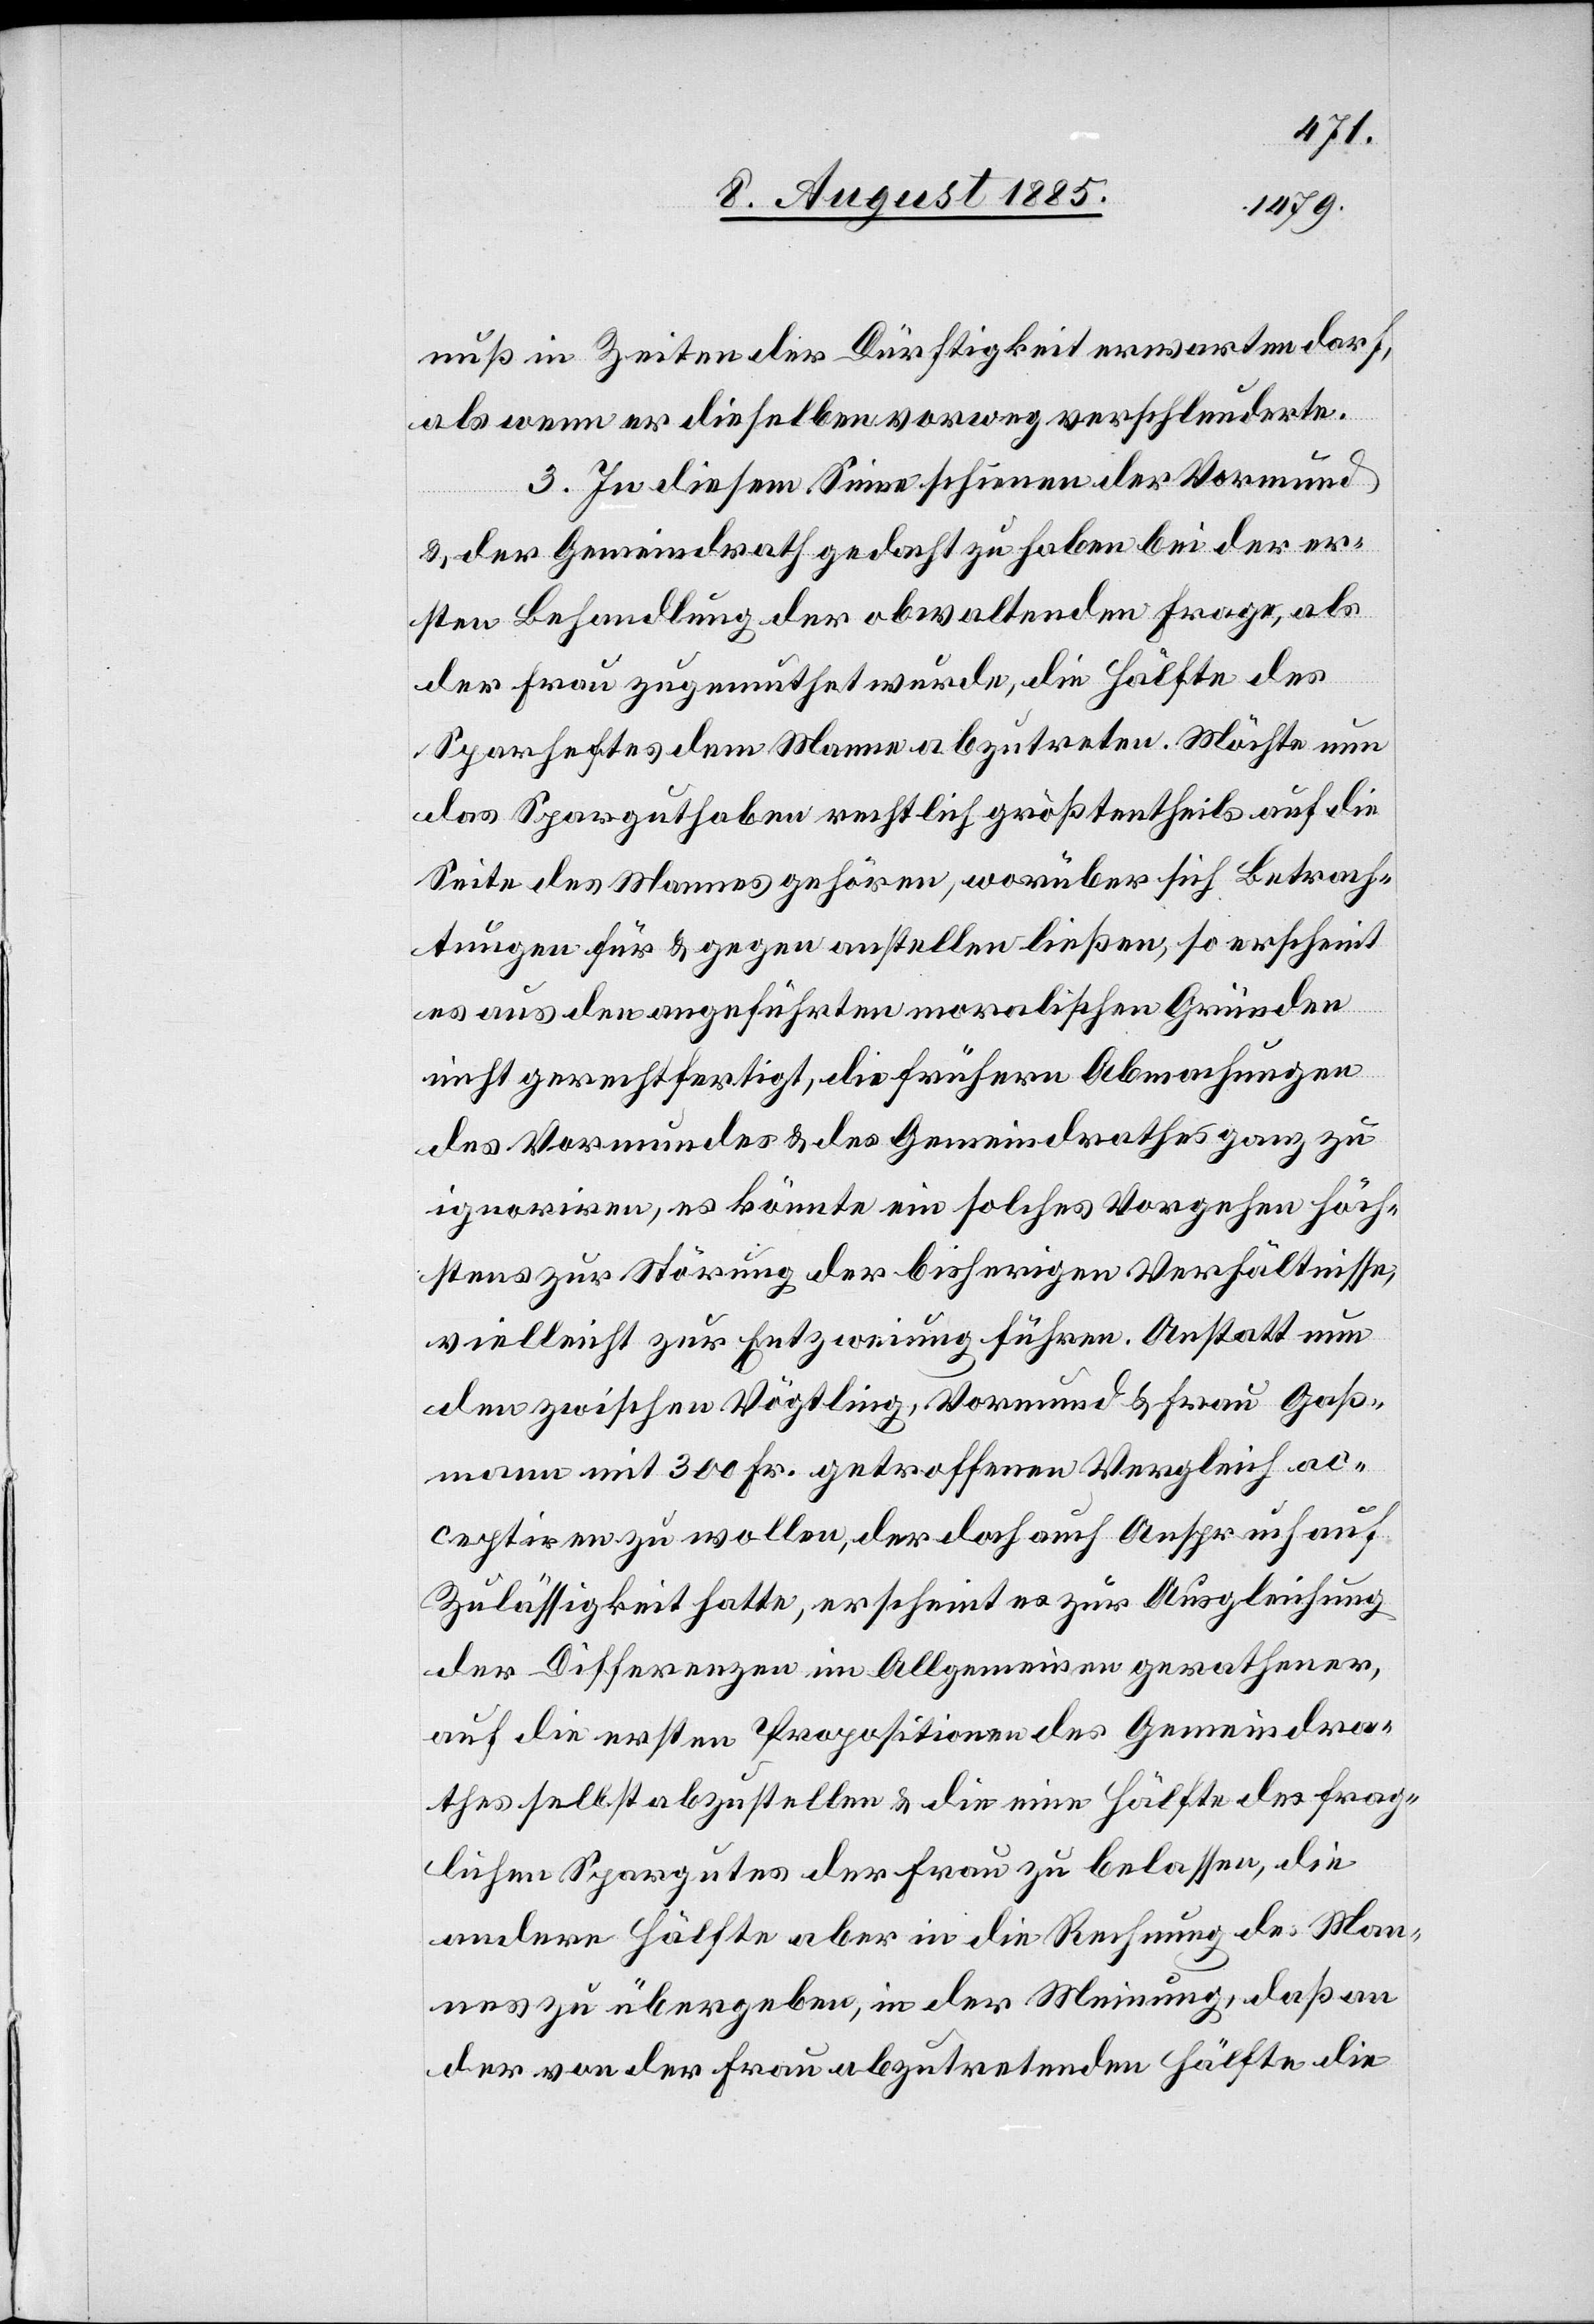
nuß in Zeiten der Dürftigkeit erwarten darf,
als wenn er dieselben vorweg verschleuderte.
3. In diesem Sinne scheinen der Vormund
& der Gemeindrath gedacht zu haben bei der er¬
sten Behandlung der obwaltenden Frage, als
der Frau zugemuthet wurde, die Hälfte des
Sparheftes dem Manne abzutreten. Möchte nun
das Sparguthaben rechtlich größtentheils auf die
Seite des Mannes gehören, worüber sich Betrach¬
tungen für & gegen anstellen ließen, so erscheint
es aus den angeführten moralischen Gründen
nicht gerechtfertigt, die frühern Abmachungen
des Vormundes & des Gemeindrathes ganz zu
ignorieren, es könnte ein solches Vorgehen höch¬
stens zur Störung der bisherigen Verhältnisse,
vielleicht zur Entzweiung führen. Anstatt nun
den zwischen Vögtling, Vormund & Frau Gaß¬
mann mit 300 Fr. getroffenen Vergleich ac¬
ceptiren zu wollen, der doch auch Anspruch auf
Zulässigkeit hatte, erscheint es zur Ausgleichung
der Differenzen im Allgemeinen gerathener,
auf die ersten Propositionen des Gemeindra¬
thes selbst abzustellen & die eine Hälfte des frag¬
lichen Spargutes der Frau zu belassen, die
andere Hälfte aber in die Rechnung des Man¬
nes zu übergeben, in der Meinung, daß an
der von der Frau abzutretenden Hälfte die